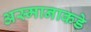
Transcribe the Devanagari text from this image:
अस्मानाकडे